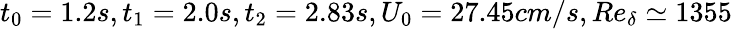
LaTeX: t_{0}=1.2s,t_{1}=2.0s,t_{2}=2.83s,U_{0}=27.45cm/s,Re_{\delta}\simeq 1355